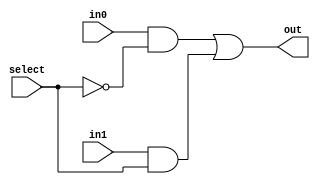
module mux2(out,in0,in1,select);

   output out;
   input in0,in1,select;

   wire w0,w1,nselect;   // internal signals

   not(nselect,select);  // Verilog primitives
   and(w0,in0,nselect);
   and(w1,in1,select);
   or(out,w0,w1);

endmodule